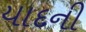
યાદની